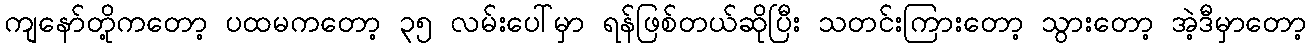
ကျနော်တို့ကတော့ ပထမကတော့ ၃၅ လမ်းပေါ်မှာ ရန်ဖြစ်တယ်ဆိုပြီး သတင်းကြားတော့ သွားတော့ အဲ့ဒီမှာတော့